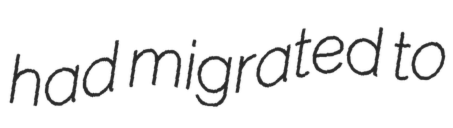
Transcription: had migrated to